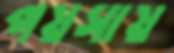
পয়সায়